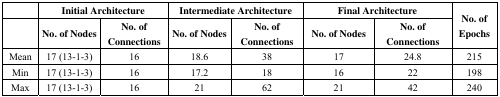
<table><thead><tr><td></td><td colspan="2"><b>Initial Architecture</b></td><td colspan="2"><b>Intermediate Architecture</b></td><td colspan="2"><b>Final Architecture</b></td><td rowspan="2"><b>No. of Epochs</b></td></tr><tr><td></td><td><b>No. of Nodes</b></td><td><b>No. of Connections</b></td><td><b>No. of Nodes</b></td><td><b>No. of Connections</b></td><td><b>No. of Nodes</b></td><td><b>No. of Connections</b></td></tr></thead><tbody><tr><td>Mean</td><td>17 (13-1-3)</td><td>16</td><td>18.6</td><td>38</td><td>17</td><td>24.8</td><td>215</td></tr><tr><td>Min</td><td>17 (13-1-3)</td><td>16</td><td>17.2</td><td>18</td><td>16</td><td>22</td><td>198</td></tr><tr><td>Max</td><td>17 (13-1-3)</td><td>16</td><td>21</td><td>62</td><td>21</td><td>42</td><td>240</td></tr></tbody></table>